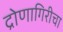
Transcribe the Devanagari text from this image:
द्रोणागिरीचा